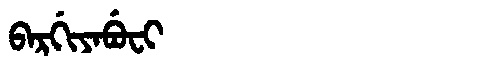
Manchu: ᠪᠠᡵᡤᡳᠶᠠᠪᡠᠸᡳ
Romanization: BARGIYABUFI